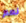
نعم